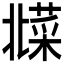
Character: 𱾦